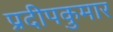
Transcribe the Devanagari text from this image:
प्रदीपकुमार